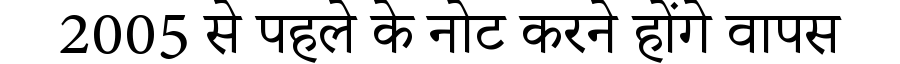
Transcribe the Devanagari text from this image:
2005 से पहले के नोट करने होंगे वापस